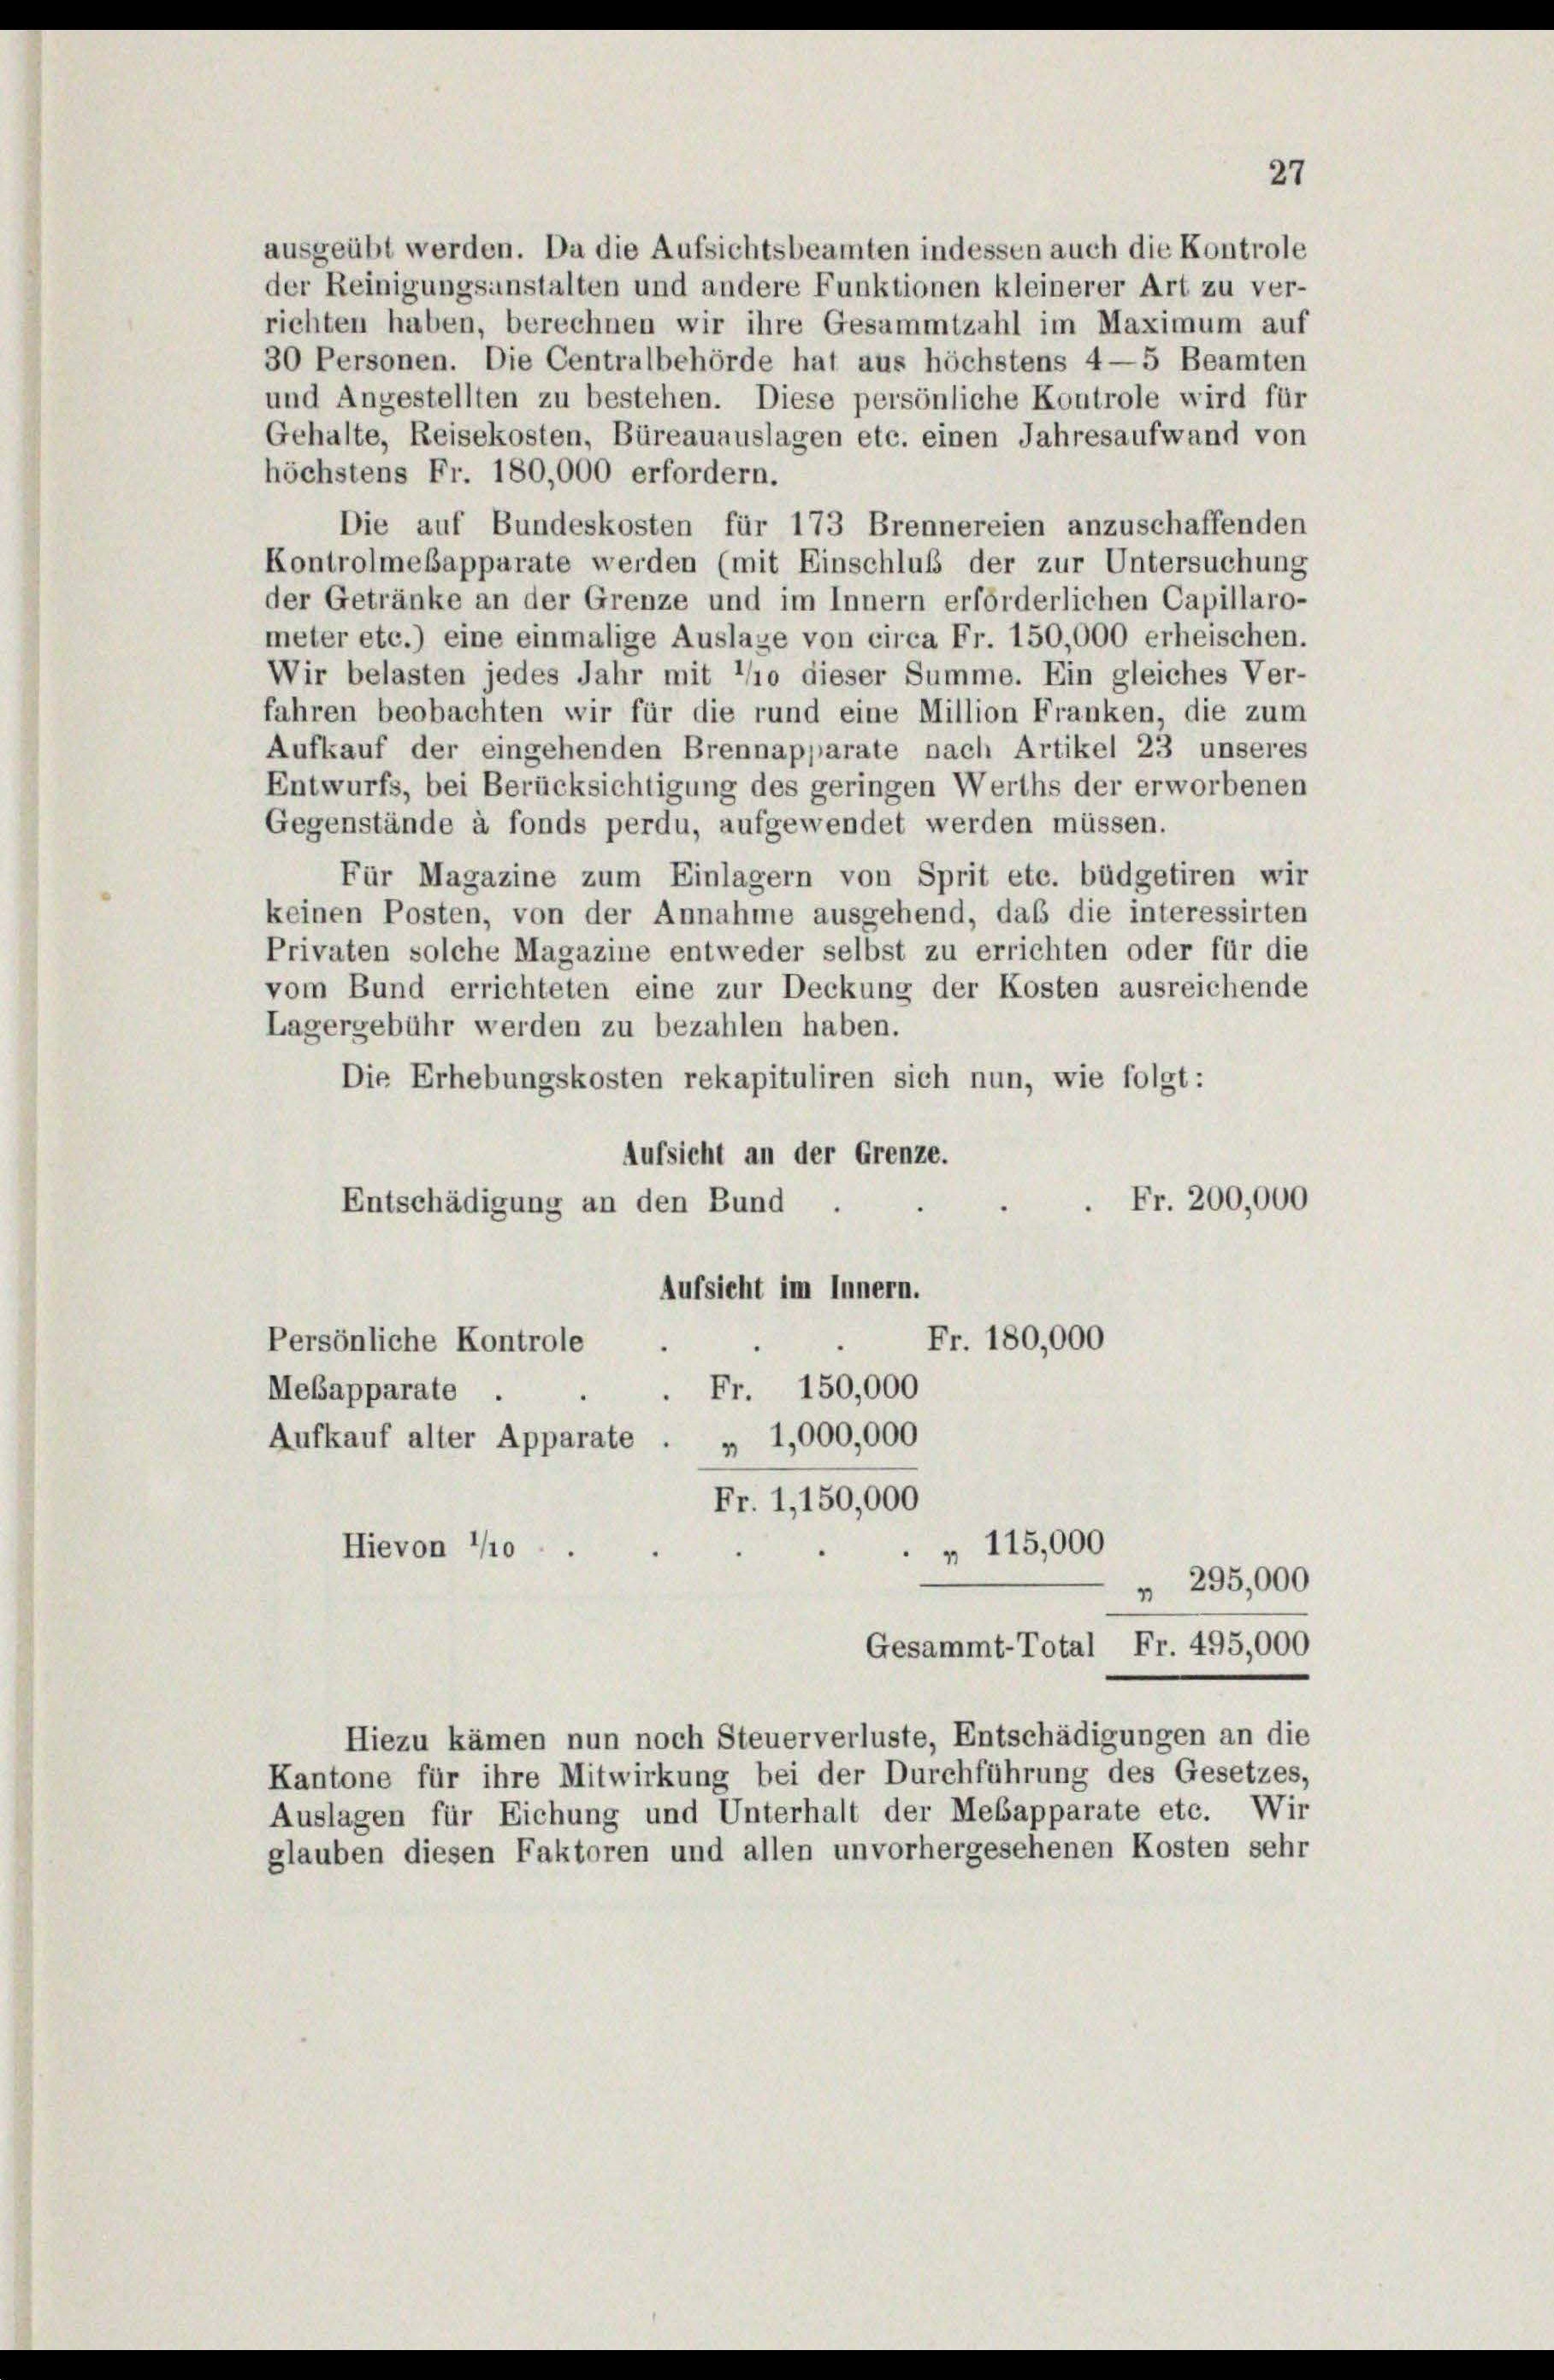
ausgeübt werden. Da die Aufsichtsbeamten indessen auch die Kontrole
der Reinigungsanstalten und andere Funktionen kleinerer Art zu ver-
richten haben, berechnen wir ihre Gesammtzahl im Maximum auf
30 Personen. Die Centralbehörde hat aus höchstens 4—5 Beamten

und Angestellten zu bestehen. Diese persönliche Kontrole wird für
Gehalte, Reisekosten, Büreauauslagen etc. einen Jahresaufwand von
höchstens Fr. 180,000 erfordern.
Die auf Bundeskosten für 173 Brennereien anzuschaffenden
Kontrolmesapparate werden (mit Einschluß der zur Untersuchung
der Getränke an der Grenze und im Innern erforderlichen Capillaro-
meter etc.) eine einmalige Auslage von circa Fr. 150,000 erheischen.
Wir belasten jedes Jahr mit 1/10 dieser Summe. Ein gleiches Ver-
fahren beobachten wir für die rund eine Million Franken, die zum
Aufkauf der eingehenden Brennapparate nach Artikel 23 unseres
Entwurfs, bei Berücksichtigung des geringen Werths der erworbenen
Gegenstände à fonds perdu, aufgewendet werden müssen.
Für Magazine zum Einlagern von Sprit etc. büdgetiren wir
keinen Posten, von der Annahme ausgehend, daß die interessirten
Privaten solche Magazine entweder selbst zu errichten oder für die
vom Bund errichteten eine zur Deckung der Kosten ausreichende
Lagergebühr werden zu bezahlen haben.
Die Erhebungskosten rekapituliren sich nun, wie folgt:
Aufsicht an der Grenze.
Entschädigung an den Bund
Aufsicht im Innern.
Fr. 180,000
Persönliche Kontrole
Fr. 150,000
Mebapparate .
Aufkauf alter Apparate
» 1,000,000
Fr. 1,150,000
" 115,000
Hievon 1/10
 295,000
Gesammt-Total Fr. 495,000
Hiezu kämen nun noch Steuerverluste, Entschädigungen an die
Kantone für ihre Mitwirkung bei der Durchführung des Gesetzes,
Auslagen für Eichung und Unterhalt der Mebapparate etc. Wir
glauben diesen Faktoren und allen unvorhergesehenen Kosten sehr

27
. Fr. 200,000